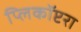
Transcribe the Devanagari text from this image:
प्लिकॉप्टरा